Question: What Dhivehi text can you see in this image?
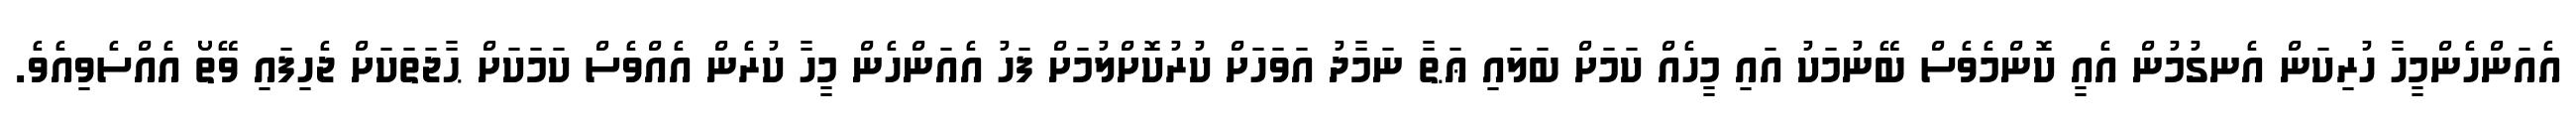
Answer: އެއަންހެންމީހާ ހުރިކަން އެނގުމުން އެއީ ކޮންމެވެސް ބޭނުމަކު އައި މީހެއް ކަމަށް ބަލައި ޢަޠާ ނަމާދު އަވަހަށް ކުރުކޮށްލުމަށް ފަހު އެއަންހެން މީހާ ކުރެން އެއްވެސް ކަމަކަށް ޙާޖަތަކަށް ޖެހިފައި ވޭތޯ އެއްސެވިއެވެ.